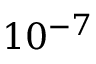
1 0 ^ { - 7 }